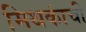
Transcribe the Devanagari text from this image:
मिथकांची